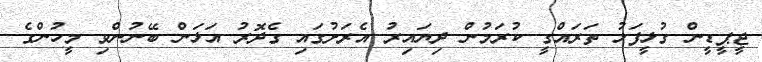
ޖީޕީޑީން ގުޅީފަޅު ތަރައްގީ ކުރަމުން ދިޔައިރު އެރަށުގައި ގެދޮރު އަޅަން ބޭނުންވި މީހުންގެ